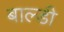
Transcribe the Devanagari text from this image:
बाल्डी